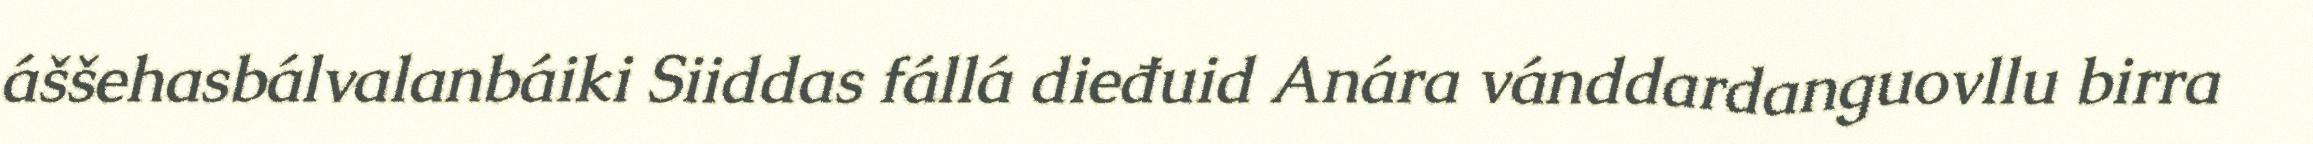
áššehasbálvalanbáiki Siiddas fállá dieđuid Anára vánddardanguovllu birra